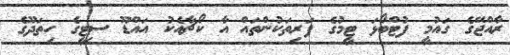
ރާއްޖޭގެ ގައުމީ ފުޓްބޯޅަ ޓީމުގެ ފަރިތަކުންތައް އާ ކޯޗާއެކު އައްޑޫ ސިޓީގެ ހިތަދޫގެ